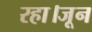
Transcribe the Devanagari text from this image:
रहा।जून